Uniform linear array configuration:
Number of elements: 4
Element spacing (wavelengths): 0.25
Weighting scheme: blackman
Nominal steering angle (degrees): -15
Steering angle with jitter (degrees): -16.708
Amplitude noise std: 0.05
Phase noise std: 0.05

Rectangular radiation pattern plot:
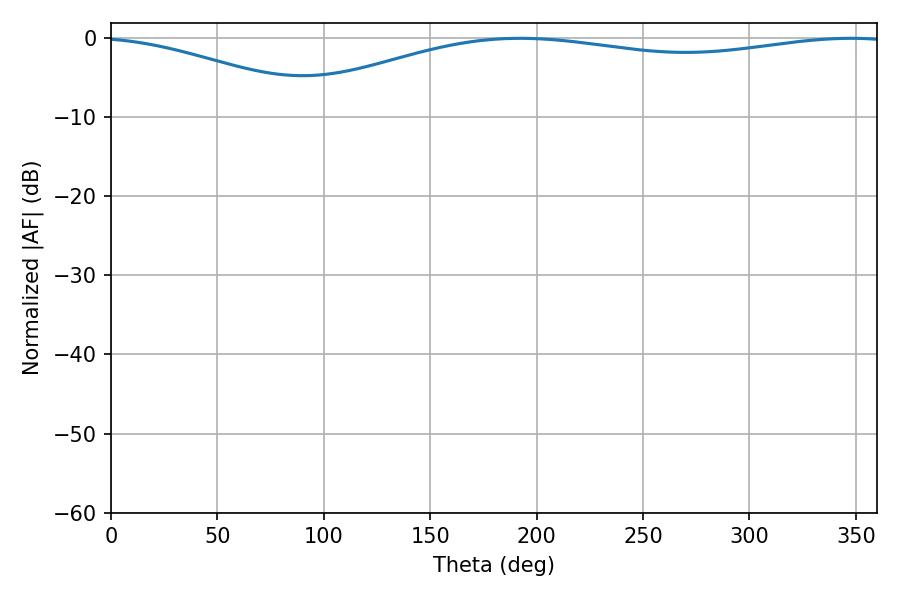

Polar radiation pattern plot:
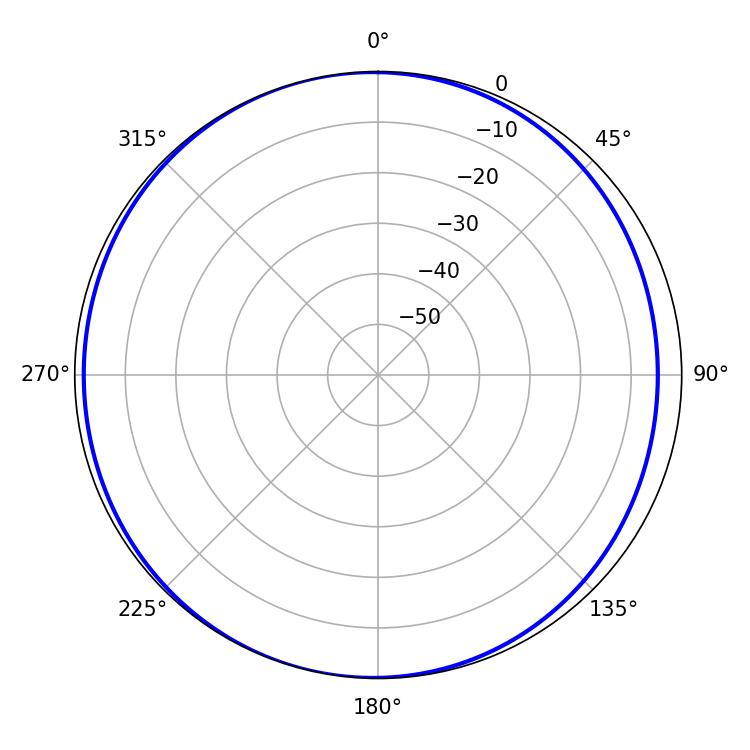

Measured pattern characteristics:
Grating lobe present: FALSE
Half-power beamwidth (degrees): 231.84
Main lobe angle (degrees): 192.24